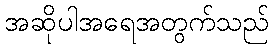
အဆိုပါအရေအတွက်သည်